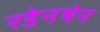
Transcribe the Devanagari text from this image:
रडेनथेन